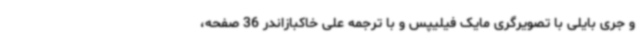
و جری بایلی با تصویرگری مایک فیلیپس و با ترجمه علی خاکبازاندر 36 صفحه،